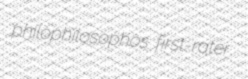
philophilosophos first-rater